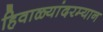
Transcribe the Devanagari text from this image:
हिवाळ्यांदरम्यान